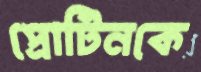
প্রোটিনকে